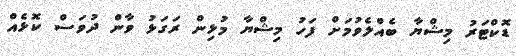
ޑޮކްޓަރު މިޝްޔާ ބެއްލެވުމަށް ފަހު މިޝްޔާ މުޅިން ރަގަޅު ވާން ދުވަސް ކޮޅެއް